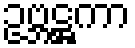
ဥဗ္ဘဋ္ဌကာ